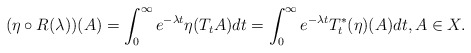
\begin{align*} (\eta \circ R(\lambda))(A) = \int_0^{\infty}e^{-\lambda t} \eta (T_tA) dt = \int_0^{\infty}e^{-\lambda t} T_t^*(\eta)(A) dt, A \in X.\end{align*}